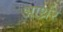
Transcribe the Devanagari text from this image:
आर्थ्रर